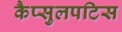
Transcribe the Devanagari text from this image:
कैप्सुलपटिस